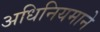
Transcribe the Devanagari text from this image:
अधिनियमाने